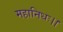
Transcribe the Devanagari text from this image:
महानिधः।।